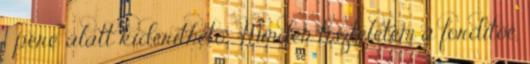
1 perc alatt kideríthető . Minden tiszteletem a fordítóé,